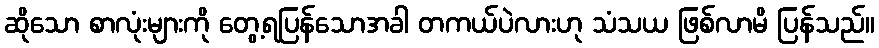
ဆိုသော စာလုံးများကို တွေ့ရပြန်သောအခါ တကယ်ပဲလားဟု သံသယ ဖြစ်လာမိ ပြန်သည်။